Mental hospitals Bombay report 1929-33 - 1929-1933
Year: 1929
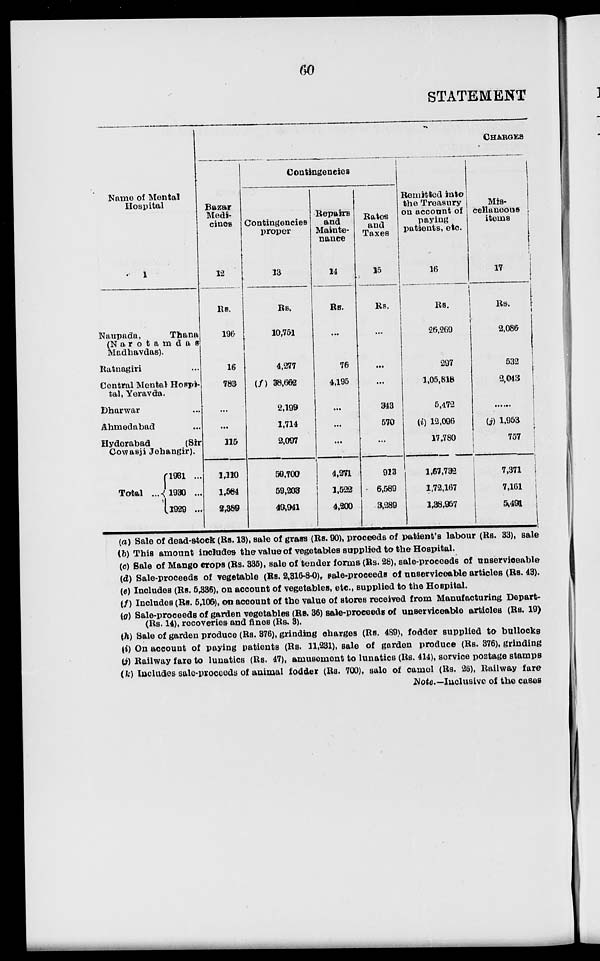
60
STATEMENT
Name of Mental
Hospital
1
Naupada,
Thana
(N a r o t a m d a s
Madhavdas).
Ratnagiri ...
Central Mental Hospi-
tal, Yeravda.
Dharwar ...
Ahmedabad ...
Hyderabad
(Sir
Cowasji Jehangir).
Total ...
1931 ...
1930 ...
1929 ...
CHARGES
Bazar
Medi-
cines
12
Rs.
196
16
783
...
...
115
1,110
1,584
2,389
Contingencies
Contingencies
proper
13
Rs.
10,751
4,277
(f) 38,662
2,199
1,714
2,097
59,700
59,203
49,941
Repairs
and
Mainte-
nance
14
Rs.
...
76
4,195
...
...
...
4,271
1,522
4,200
Rates
and
Taxes
15
Rs.
...
...
...
343
570
...
913
6,589
3,289
Remitted into
the Treasury
on account of
paying
patients, etc.
16
Rs.
26,269
297
1,05,818
5,472
(i) 12,096
17,780
1,67,732
1,72,167
1,38,957
Mis-
cellaneous
items
17
Rs.
2,086
532
2,043
...
(j) 1,953
757
7,371
7,161
5,491
(a) Sale of dead-stock (Rs. 13), sale of grass (Rs. 90), proceeds of patient's labour (Rs. 33), sale
(b) This amount includes the value of vegetables supplied to the Hospital.
(c) Sale of Mango crops (Rs. 335), sale of tender forms (Rs. 28), sale-proceeds of unserviceable
(d) Sale-proceeds of vegetable (Rs. 2,316-8-0), sale-proceeds of unserviceable articles (Rs. 43).
(e) Includes (Rs. 5,336), on account of vegetables, etc., supplied to the Hospital.
(f) Includes (Rs. 5,106), on account of the value of stores received from Manufacturing Depart-
(g) Sale-proceeds of garden vegetables (Rs. 36) sale-proceeds of unserviceable articles (Rs. 19)
(Rs. 14), recoveries and fines (Rs. 3).
(h) Sale of garden produce (Rs. 376), grinding charges (Rs. 489), fodder supplied to bullocks
(i) On account of paying patients (Rs. 11,231), sale of garden produce (Rs. 376), grinding
(j) Railway fare to lunatics (Rs. 47), amusement to lunatics (Rs. 414), service postage stamps
(k) Includes sale-proceeds of animal fodder (Rs. 700), sale of camel (Rs. 26), Railway fare
Note.—Inclusive of the cases